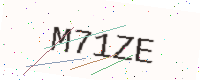
Text: M71ZE